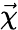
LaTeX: \vec{\chi}